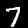
Label: 7